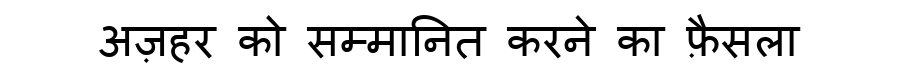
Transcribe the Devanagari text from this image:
अज़हर को सम्मानित करने का फ़ैसला